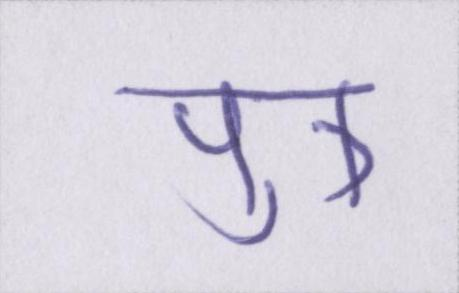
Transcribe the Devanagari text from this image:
पुत्र